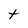
Character: t